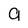
Character: a